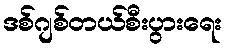
ဒစ်ဂျစ်တယ်စီးပွားရေး